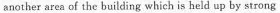
another area of the building which is held ap by strong